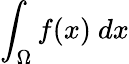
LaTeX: \int_{\Omega}f(x)\ dx